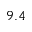
9 . 4